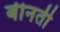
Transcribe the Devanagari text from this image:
बीनती